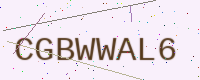
Text: CGBWWAL6